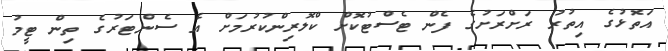
އަތޮޅުގެ އިތުރު ރަށްރަށުގެ ފެން ޓެސްޓުކޮށް ކްލޮރިންކުރުމަށް އެ ސެންޓަރުގެ ތިން ޓީމު